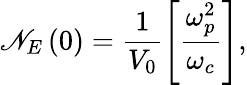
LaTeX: \mathscr{N}_{E}\left(0\right)=\frac{{1}}{{V_{0}}}\left[\frac{{\omega_{p}^{2}}}{{\omega_{c}}}\right],